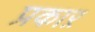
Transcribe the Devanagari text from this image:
प्रकाऱ